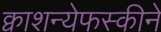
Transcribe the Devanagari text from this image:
क्वाशन्येफस्कीने